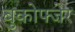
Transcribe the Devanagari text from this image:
बुकोफ्जेर